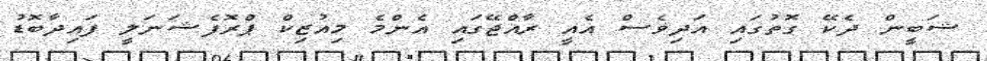
ޝަބީން ދެކޭ ގޮތުގައި އަދިވެސް އެއީ ރާއްޖޭގައި އެންމެ މިއުޒިކް ޕްރޮފެޝަނަލީ ފައިދާބޮޑު